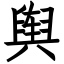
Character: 舆